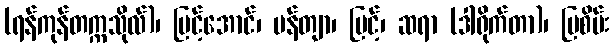
(ရန်ကုန်တက္ကသိုလ်)၊ မြင့်အောင်၊ ပန်တျာ၊ မြင့်၊ ဆရာ (ဒါရိုက်တာ)၊ မြစိမ်း